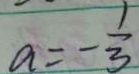
a = - \frac { 1 } { 3 }